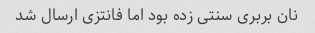
نان بربری سنتی زده بود اما فانتزی ارسال شد